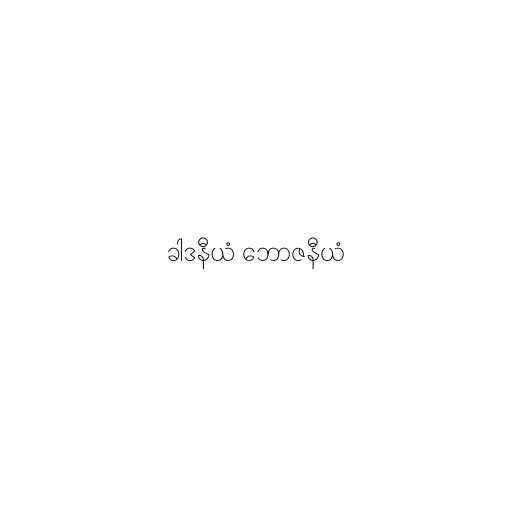
ခါဒနီယံ ဘောဇနီယံ